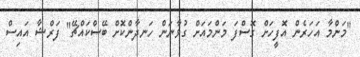
"މަންމާ އަހަރެން އޮފީހަށް ގޮސްފަ މަންމައަށް ގުޅާނަން ހަނދާންކޮށް ބޭސްކައްޗޭ" ފަރްޝާ އައިސް